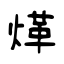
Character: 煂